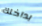
بداخلك